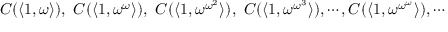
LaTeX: C ( \langle 1 , \omega \rangle ) , \ C ( \langle 1 , \omega ^ { \omega } \rangle ) , \ C ( \langle 1 , \omega ^ { \omega ^ { 2 } } \rangle ) , \ C ( \langle 1 , \omega ^ { \omega ^ { 3 } } \rangle ) , \cdots , C ( \langle 1 , \omega ^ { \omega ^ { \omega } } \rangle ) , \cdots